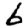
Digit: 6